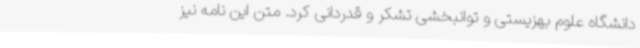
دانشگاه علوم بهزیستی و توانبخشی تشکر و قدردانی کرد. متن این نامه نیز